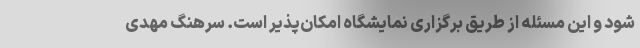
شود و این مسئله از طریق برگزاری نمایشگاه امکان‌پذیر است. سرهنگ مهدی